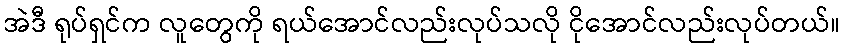
အဲဒီ ရုပ်ရှင်က လူတွေကို ရယ်အောင်လည်းလုပ်သလို ငိုအောင်လည်းလုပ်တယ်။